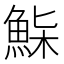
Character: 𩷌